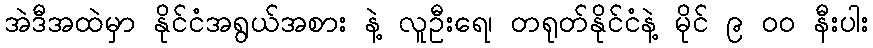
အဲဒီအထဲမှာ နိုင်ငံအရွယ်အစား နဲ့ လူဦးရေ၊ တရုတ်နိုင်ငံနဲ့ မိုင် ၉ ၀၀ နီးပါး